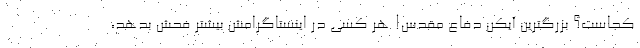
کجاست؟ بزرگترین آیکن دفاع مقدس! هر کسی در اینستاگرامش بیشتر فحش بدهد،